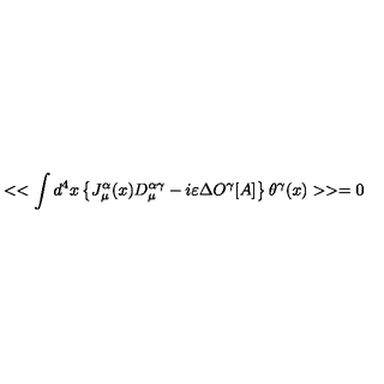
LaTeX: < < \int d ^ { 4 } x \left\{ J _ { \mu } ^ { \alpha } ( x ) D _ { \mu } ^ { \alpha \gamma } - i \varepsilon \Delta O ^ { \gamma } [ A ] \right\} \theta ^ { \gamma } ( x ) > > = 0